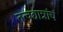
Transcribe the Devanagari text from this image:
तत्वद्यान्नांचं